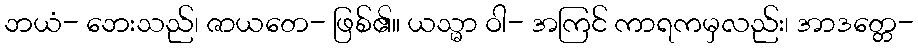
ဘယံ- ဘေးသည်၊ ဇာယတေ- ဖြစ်၏။ ယသ္မာ ဝါ- အကြင် ကာရကမှလည်း၊ အာဒတ္တေ-